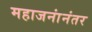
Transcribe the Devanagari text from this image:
महाजनांनंतर